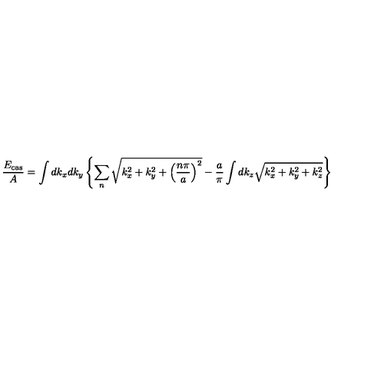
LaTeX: \frac { E _ { \mathrm { c a s } } } { A } = \int d k _ { x } d k _ { y } \left\{ \sum _ { n } \sqrt { k _ { x } ^ { 2 } + k _ { y } ^ { 2 } + \left( \frac { n \pi } { a } \right) ^ { 2 } } - \frac { a } { \pi } \int d k _ { z } \sqrt { k _ { x } ^ { 2 } + k _ { y } ^ { 2 } + k _ { z } ^ { 2 } } \right\}